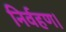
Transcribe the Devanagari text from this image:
निर्वहण।